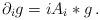
LaTeX: \begin{align*} \partial_i g = i A_i * g \,.\end{align*}